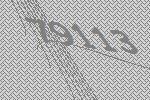
79113